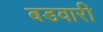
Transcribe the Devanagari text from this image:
बडवारी